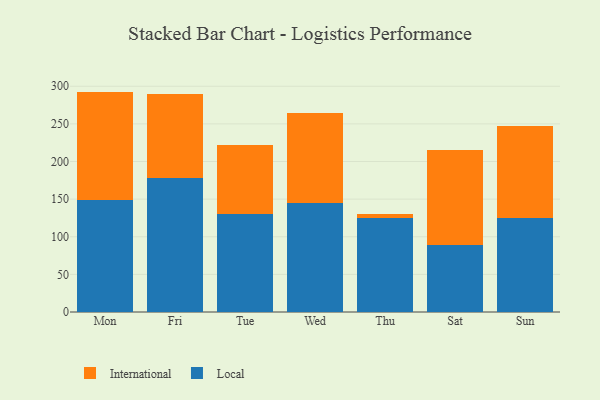
{"axis": {"x": "Day", "y": "Waste Production (Tons)"}, "legend": ["International", "Local"], "data": [{"x": "Mon", "y": 148.6, "type": "Local"}, {"x": "Mon", "y": 144.3, "type": "International"}, {"x": "Fri", "y": 178.1, "type": "Local"}, {"x": "Fri", "y": 111.1, "type": "International"}, {"x": "Tue", "y": 130.9, "type": "Local"}, {"x": "Tue", "y": 91.1, "type": "International"}, {"x": "Wed", "y": 144.8, "type": "Local"}, {"x": "Wed", "y": 119.1, "type": "International"}, {"x": "Thu", "y": 124.3, "type": "Local"}, {"x": "Thu", "y": 5.6, "type": "International"}, {"x": "Sat", "y": 88.7, "type": "Local"}, {"x": "Sat", "y": 127.2, "type": "International"}, {"x": "Sun", "y": 124.3, "type": "Local"}, {"x": "Sun", "y": 122.3, "type": "International"}]}